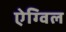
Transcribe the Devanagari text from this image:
ऐग्विल